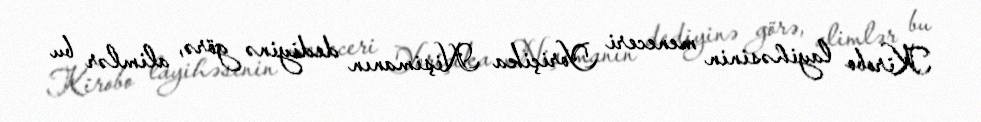
Kirobo layihəsinin meneceri Yoriçika Nişimanın dediyinə görə, alimlər bu